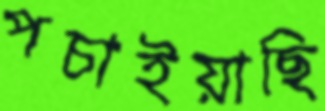
পচাইয়াছি